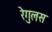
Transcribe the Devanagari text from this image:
रेगुलस